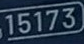
15173